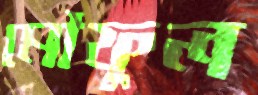
মৌফুল